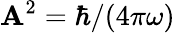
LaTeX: {\cal\mathbf{A}}^{2}=\hbar/(4\pi\omega)